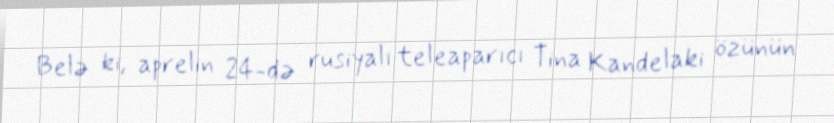
Belə ki, aprelin 24-də rusiyalı teleaparıcı Tina Kandelaki özünün